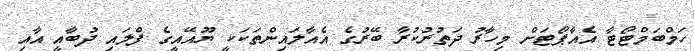
ހަމްބަމްޓޯޓާ އެއާޕޯޓަށް މިހާރު ދަތުރުކުރާ ބޭރުގެ އެއާލައިންތަކަކީ ޔޫއޭއީގެ ފްލައި ދުބާއީ އާއި